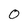
Character: 0